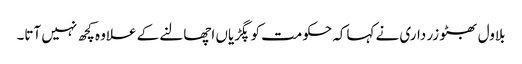
بلاول بھٹو زر داری نے کہاکہ حکومت کو پگڑیاں اچھالنے کے علاوہ کچھ نہیں آتا۔